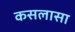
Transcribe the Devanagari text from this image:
कसलासा